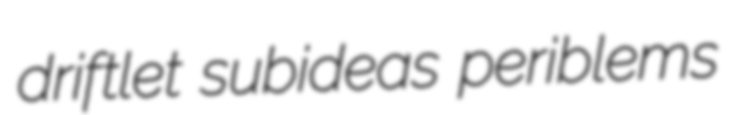
driftlet subideas periblems